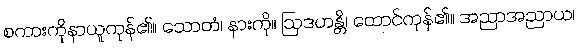
စကားကိုနာယူကုန်၏။ သောတံ၊ နားကို။ ဩဒဟန္တိ၊ ထောင်ကုန်၏။ အညာအညာယ၊